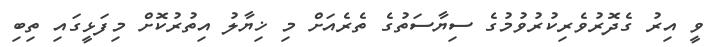
ވީ އިރު ގެދޮރުވެރިކުރުވުމުގެ ސިޔާސަތުގެ ތެރެއަށް މި ޚިޔާލު އިތުރުކޮށް މިފަޅީގައި ތިބި